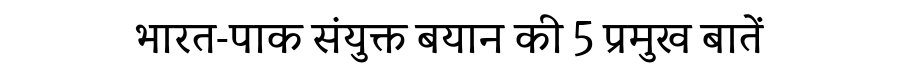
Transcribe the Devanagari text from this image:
भारत-पाक संयुक्त बयान की 5 प्रमुख बातें